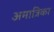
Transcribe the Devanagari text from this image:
अमात्रिका